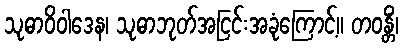
သုဓာဝိဝါဒေန၊ သုဓာဘုတ်အငြင်းအခုံကြောင့်။ တဝန္တိံ၊